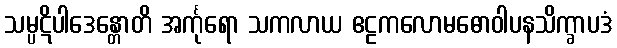
သမ္ပဋိပါဒေန္တောတိ အင်္ကုရော သကလာယ ဧဠကလောမဓောဝါပနသိက္ခာပဒံ